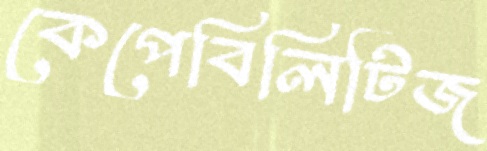
কেপেবিলিটিজ